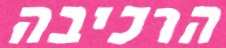
הרכיבה